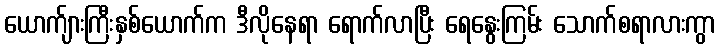
ယောက်ျားကြီးနှစ်ယောက်က ဒီလိုနေရာ ရောက်လာပြီး ရေနွေးကြမ်း သောက်စရာလားကွာ